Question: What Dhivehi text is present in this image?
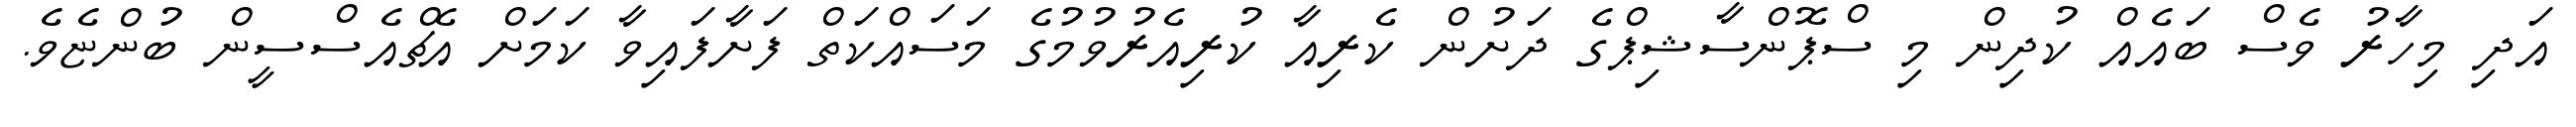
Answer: އަދި މިހާރު ވެސް ބައެއް ކުދިން މި ސްޕޮންސާޝިޕްގެ ދަށުން ކެރިއާ ކުރިއެރުވުމުގެ މަސައްކަތް ފަށާފައިވާ ކަމަށް އެޗްއެސްސީން ބުންޏެވެ.